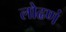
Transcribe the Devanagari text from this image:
लोढणं